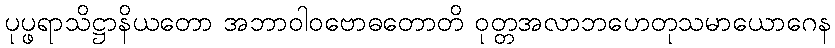
ပုပ္ဖရာသိဋ္ဌာနိယတော အဘာဝါဝဗောဓတောတိ ဝုတ္တအလာဘဟေတုသမာယောဂေန